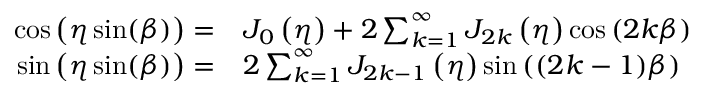
\begin{array} { r l } { \cos \left( \eta \sin ( \beta ) \right) = } & { { } J _ { 0 } \left( \eta \right) + 2 \sum _ { k = 1 } ^ { \infty } J _ { 2 k } \left( \eta \right) \cos \left( 2 k \beta \right) } \\ { \sin \left( \eta \sin ( \beta ) \right) = } & { { } 2 \sum _ { k = 1 } ^ { \infty } J _ { 2 k - 1 } \left( \eta \right) \sin \left( ( 2 k - 1 ) \beta \right) } \end{array}